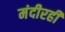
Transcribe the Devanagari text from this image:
मंदीरही